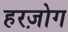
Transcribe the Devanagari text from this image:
हरज़ोग